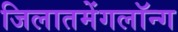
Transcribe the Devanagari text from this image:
जिलातमेंगलॉन्ग